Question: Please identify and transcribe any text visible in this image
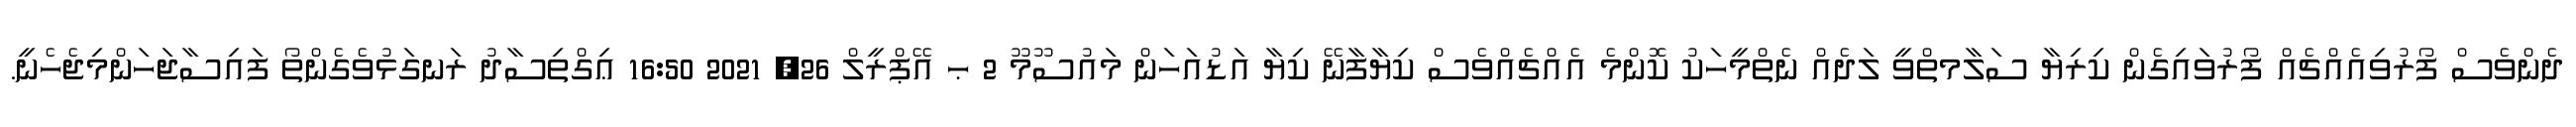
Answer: ދެންވެސް ފޯރުވިއެއްޗެއް ފޯރުވައިގެން ކިރިޔާ ސަލާމތްވީ ލަދެއް ނެތްމީހަކު ކޮންމެ އެއްޗެއްވެސް ކިޔާފާނޭ ކިޔާ އަޑުއަހަން މައުސޫމޫ 2 ޙ އޭޕްރީލް 26, 2021 16:50 ޢިގްތިސާދު ރަނގަޅުވެގެންތޯ ފައިސާޖަހަންމިޖެހެނީ.